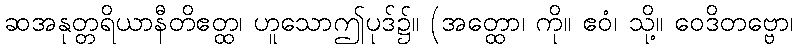
ဆအနုတ္တရိယာနီတိဧတ္ထ၊ ဟူသောဤပုဒ်၌။ (အတ္ထော၊ ကို။ ဧဝံ၊ သို့။ ဝေဒိတဗ္ဗော၊